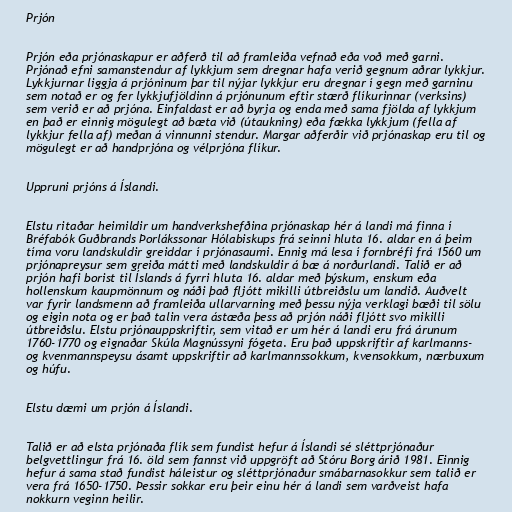
Prjón

Prjón eða prjónaskapur er aðferð til að framleiða vefnað eða voð með garni.
Prjónað efni samanstendur af lykkjum sem dregnar hafa verið gegnum aðrar lykkjur.
Lykkjurnar liggja á prjóninum þar til nýjar lykkjur eru dregnar í gegn með garninu
sem notað er og fer lykkjufjöldinn á prjónunum eftir stærð flíkurinnar (verksins)
sem verið er að prjóna. Einfaldast er að byrja og enda með sama fjölda af lykkjum
en það er einnig mögulegt að bæta við (útaukning) eða fækka lykkjum (fella af
lykkjur fella af) meðan á vinnunni stendur. Margar aðferðir við prjónaskap eru til og
mögulegt er að handprjóna og vélprjóna flíkur.

Uppruni prjóns á Íslandi.

Elstu ritaðar heimildir um handverkshefðina prjónaskap hér á landi má finna í
Bréfabók Guðbrands Þorlákssonar Hólabiskups frá seinni hluta 16. aldar en á þeim
tíma voru landskuldir greiddar í prjónasaumi. Ennig má lesa í fornbréfi frá 1560 um
prjónapreysur sem greiða mátti með landskuldir á bæ á norðurlandi. Talið er að
prjón hafi borist til Íslands á fyrri hluta 16. aldar með þýskum, enskum eða
hollenskum kaupmönnum og náði það fljótt mikilli útbreiðslu um landið. Auðvelt
var fyrir landsmenn að framleiða ullarvarning með þessu nýja verklagi bæði til sölu
og eigin nota og er það talin vera ástæða þess að prjón náði fljótt svo mikilli
útbreiðslu. Elstu prjónauppskriftir, sem vitað er um hér á landi eru frá árunum
1760-1770 og eignaðar Skúla Magnússyni fógeta. Eru það uppskriftir af karlmanns-
og kvenmannspeysu ásamt uppskriftir að karlmannssokkum, kvensokkum, nærbuxum
og húfu.

Elstu dæmi um prjón á Íslandi.

Talið er að elsta prjónaða flík sem fundist hefur á Íslandi sé sléttprjónaður
belgvettlingur frá 16. öld sem fannst við uppgröft að Stóru Borg árið 1981. Einnig
hefur á sama stað fundist háleistur og sléttprjónaður smábarnasokkur sem talið er
vera frá 1650-1750. Þessir sokkar eru þeir einu hér á landi sem varðveist hafa
nokkurn veginn heilir.